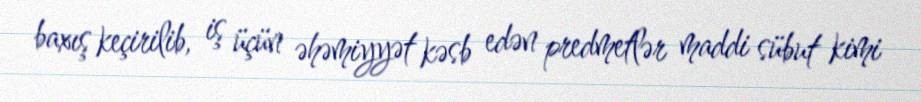
baxış keçirilib, iş üçün əhəmiyyət kəsb edən predmetlər maddi sübut kimi